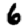
Digit: 6